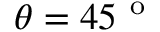
\theta = 4 5 ^ { \mathrm { ~ o ~ } }